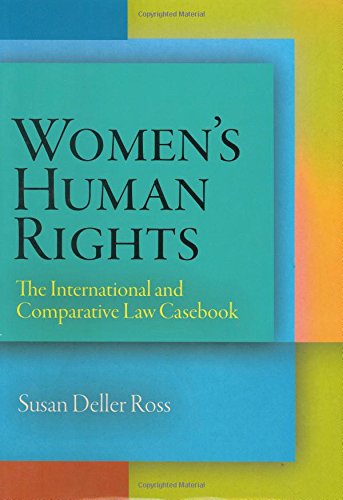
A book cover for Women's Human Rights: The International and Comparative Law Casebook (Pennsylvania Studies in Human Rights); Susan Deller Ross; Law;